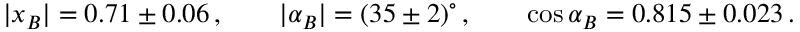
| x _ { B } | = 0 . 7 1 \pm 0 . 0 6 \, , \qquad | \alpha _ { B } | = ( 3 5 \pm 2 ) ^ { \circ } \, , \qquad \cos \alpha _ { B } = 0 . 8 1 5 \pm 0 . 0 2 3 \, .